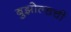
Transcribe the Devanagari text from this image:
बुझोल्डची